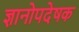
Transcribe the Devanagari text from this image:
ज्ञानोपदेषक